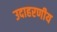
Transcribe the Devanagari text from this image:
उदाहरणीय